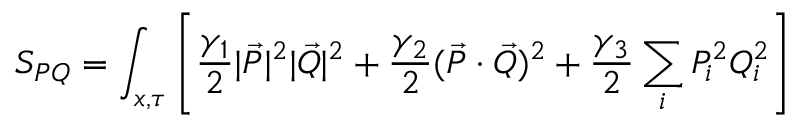
S _ { P Q } = \int _ { x , \tau } \left[ \frac { \gamma _ { 1 } } { 2 } | \Vec { P } | ^ { 2 } | \Vec { Q } | ^ { 2 } + \frac { \gamma _ { 2 } } { 2 } ( \Vec { P } \cdot \Vec { Q } ) ^ { 2 } + \frac { \gamma _ { 3 } } { 2 } \sum _ { i } P _ { i } ^ { 2 } Q _ { i } ^ { 2 } \right]